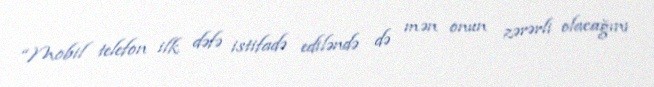
“Mobil telefon ilk dəfə istifadə ediləndə də mən onun zərərli olacağını